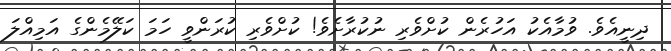
ދިނީއެވެ. ވުމާއެކު އަހުރެން ކުށްވެރި ނުކުރާށެވެ! ކުށްވެރި ކުރަންވީ ހަމަ ކަލޭމެންގެ އަމިއްލަ